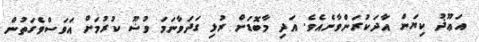
އަޢޫޛު ކިޔަން އާދަކުރަންވާނެއެވެ. އަދި މާބޮޑަށް ރުޅި ގަދަވާނަމަ ވުޟޫ ކުރުމަށް އަވަސްވެގަތުން